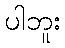
ပါဘူး